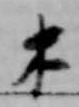
木